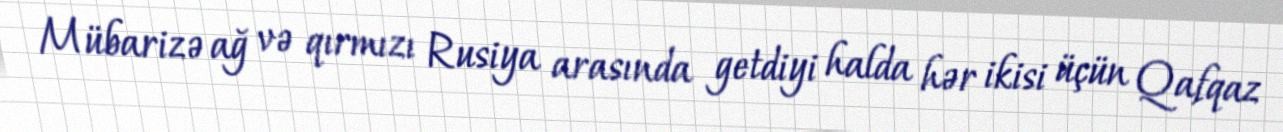
Mübarizə ağ və qırmızı Rusiya arasında getdiyi halda hər ikisi üçün Qafqaz